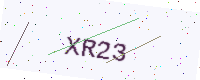
Text: XR23